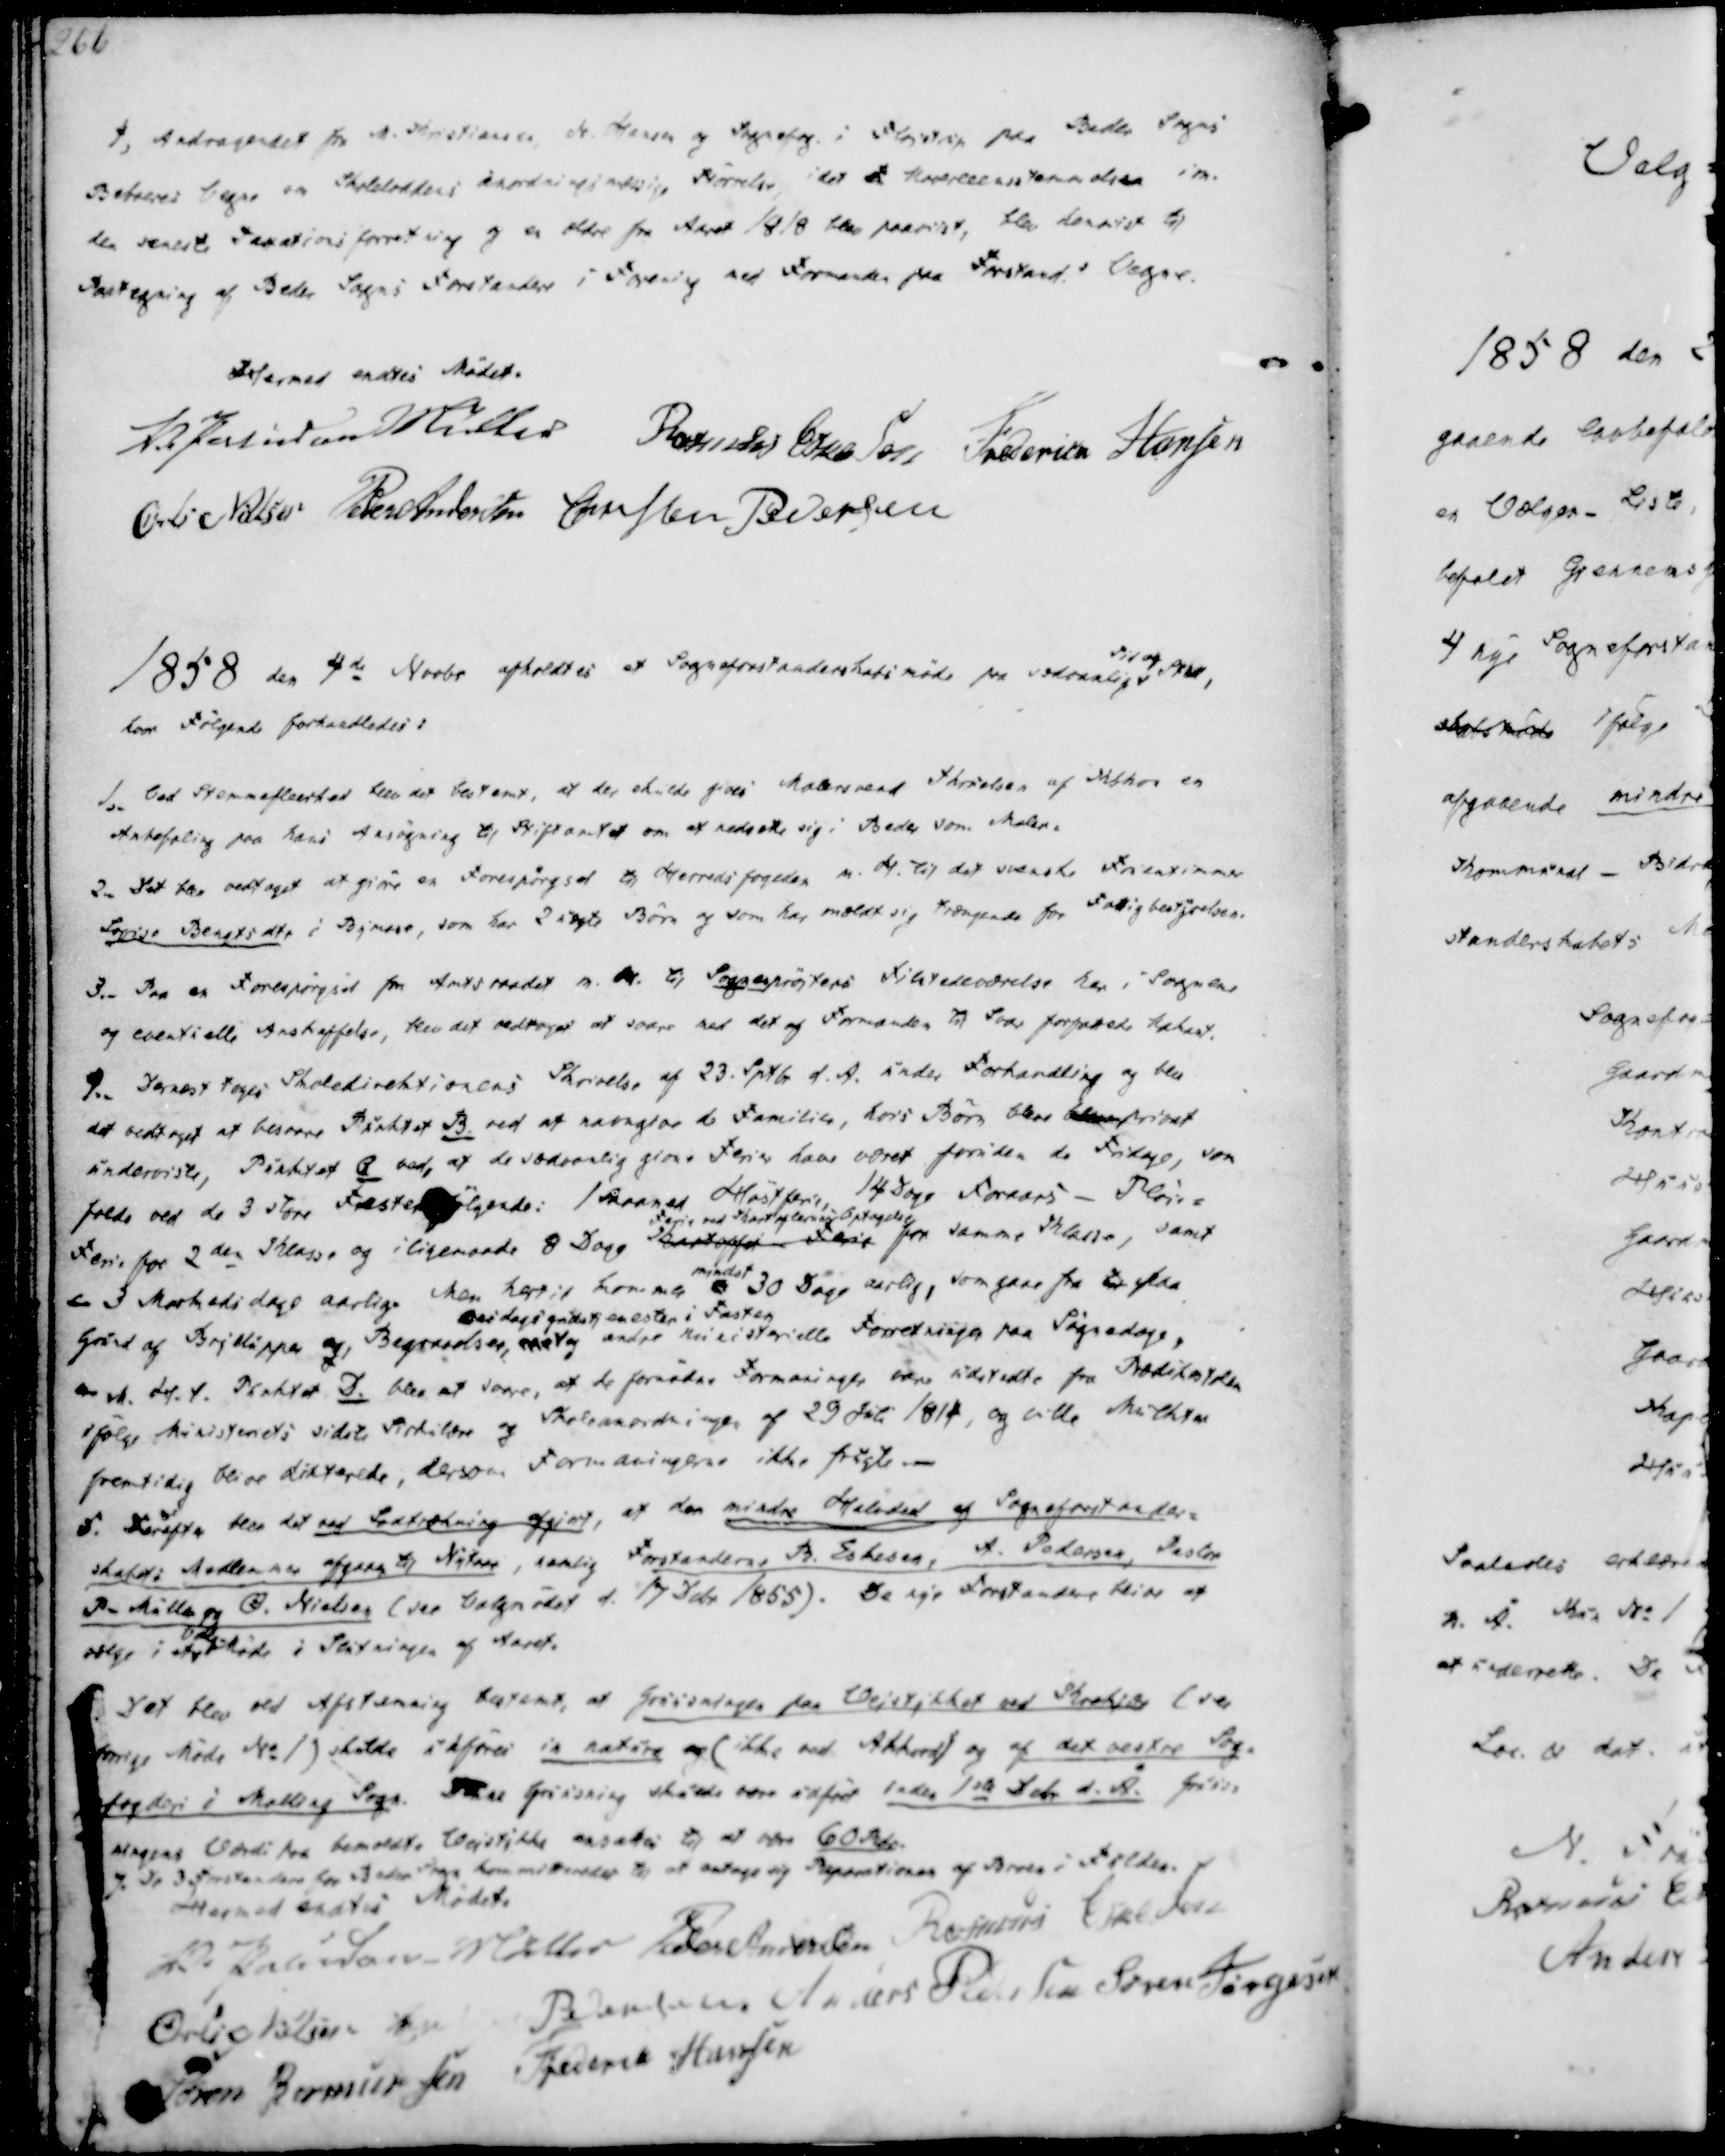
Transskription:
4, Andragendet fra M. Kristiansen, N. Hansen og Sognefog. i Fløjstrup paa Beder Sogns
Beboeres Vegne om Skoleloddens anordningsmæssige Størrelse, idet de Uovereeensstemmelser im.
den seneste Taxationsforretning og en ældre fra Aaret 1818 blev paavidst, blev henvidst til
Paategning af Beder Sogns Forstandere i Forening med Formanden paa Forstand.s Vegne.

Hermed endtes Mødet.
V. Paludan Müller
Rasmus Eskesen
Frederich Hansen
Øvli Nielsen
Peder Andersen
Christen Pedersen

1858 den 4de Novbr afholdtes et Sogneforstanderskabsmøde paa sædvanlig
Tid og Sted,
hvor Følgende forhandledes:

1,. Ved Stemmefleerhed blev det bestemt, at der skulde gives Malersvend Thrielsen af Kohor en
Anbefaling paa hans Ansøgning til Stiftamtet om at nedrætte sig i Beder som Maler.
2. Det blev vedtaget at giøre en Forespørgsel til Herredsfogeden m. H. til det svenske Fruentimmer
Lovise Bengtsdtr i Bymose, som har 2 uægte Børn og som har meldt sig trængende for Fattigbestyrelsen.
3._ Paa en Forespørgsel fra Amtsraadet m. H. til Sognesprøjters Tilstedeværelse her i Sognene
og eventuelle Anskaffelse, blev det vedtaget at svare med det af Formanden til Svar forfattede Udkast.

4._ Dernæst toges Skoledirektionens Skrivelse af 23. Sptbr d.A. under Forhandling og blev
det vedtaget at besvare Punktet B. ved at navngive de Familier, hvis Børn bleve bleve privat
underviste, Punktet C ved, at de sædvanlig giøre Ferier have været foruden de Fridage, som
folde ved de 3 store Fester følgende: 1 Maaned Høstferie, 14 Dage Foraars - Pløie-
Ferie for 2den Klasse og iligemaade 8 Dage Kartoffel - Ferie
Ferie ved Kartoflernes Optagelse,
for samme Klasse, samt
3 Markedsdage aarlig. Men Hertil kommer
mindst
30 Dage aarlig, som gaae fra til paa
Grund af Bryllupper og, Begravelser, samt
Casdags gudstjenester i Fasten
og andre ministerielle Forretninger paa Sognedage,
M.H.t. Punktet D. blev at svare, at de fornødne Formaninger være udstedte fra Prædikestolen
ifølge Ministeriets sidste Sirkulære og Skoleanordningen af 29 Juli 1814, og ville Mulkter
fremtidig blive dikterede, dersom Formaningerne ikke fulgte -
5. Derefter blev det ved Lodtrækning afgjort, at den mindre Halvdeel af Sogneforstander-
skabets Medlemmmer afgaaer til Nytaar, nemlig Forstanderne R. Eskesen, A. Pedersen, Pastor
P-Müller og Ø. Nielsen (see Valgmødet d. 17 Debr 1855). De nye Forstandere blive af
vælge i et Valg-Møde i Slutningen af Aaret.

6. Det blev ved Afstemning bestemt, at Gruusningen paa Vejstykket ved Krekjær (see
forrige Møde No 1) skulde udføres in natura og (ikke ved Akkord) og af det vestre Sog-
fogderi i Malling Sogn. Denne Gruusning skulde være udført inden 1ste Debr d.A. Gruus-
ningens Værdi paa bemeldte Vejstykke ansættes til at være 60 Rdr.
7. De 3 Forstanddere for Beder Sogn kommitteredes til at antage sig Reparationen af Broen i Fulden.
Hermed endtes Mødet.

V. Paludan-Müller
Peder Andersen
Rasmus Eskesen
Øvli Nielsen
Christen Pedersen
Anders Pedersen
Søren Jørgensen
Søren Rasmussen
Frederik Hansen